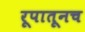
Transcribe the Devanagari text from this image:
रूपातूनच